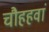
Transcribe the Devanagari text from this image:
चौहहवां